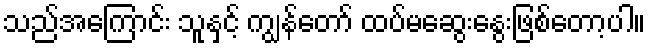
သည်အကြောင်း သူနှင့် ကျွန်တော် ထပ်မဆွေးနွေးဖြစ်တော့ပါ။